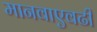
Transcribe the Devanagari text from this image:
मानवाएवढी